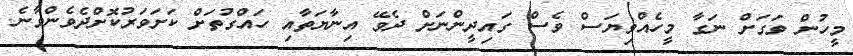
މީހުން ވަގަށް ނަގާ މީހެއްވިޔަސް ވެސް ގައިދީންނަށް ދެވޭ އިނާޔަތާއި ހައްގުތަށް ކަށަވަރުކޮށްދެވެންވާނެ.